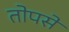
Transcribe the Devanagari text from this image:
तोपसे